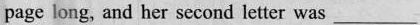
page long, and her second letter was ___